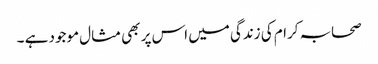
صحابہ کرام کی زندگی میں اس پر بھی مثال موجود ہے ۔